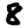
Digit: 8